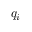
{ { q } _ { i } }